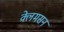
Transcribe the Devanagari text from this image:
क्लेमसन